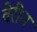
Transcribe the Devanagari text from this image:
वेरीन